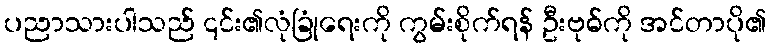
ပညာသားပါသည် ၎င်း၏လုံခြုံရေးကို ကွမ်းစိုက်ရန် ဦးဗုဓ်ကို အင်တာပို၏